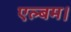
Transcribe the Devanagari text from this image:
एल्बम।